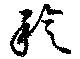
稔